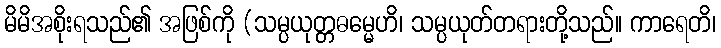
မိမိအစိုးရသည်၏ အဖြစ်ကို (သမ္ပယုတ္တဓမ္မေဟိ၊ သမ္ပယုတ်တရားတို့သည်။ ကာရေတိ၊